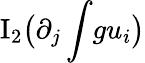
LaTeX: \mathrm{I}_{2}\big(\partial_{j}\int\! gu_{i}\big)